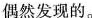
偶然发现的。